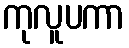
ကုလူပကာ